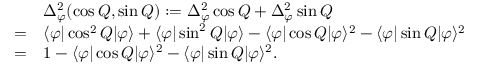
\begin{array} { r l } & { \Delta _ { \varphi } ^ { 2 } ( \cos Q , \sin Q ) : = \Delta _ { \varphi } ^ { 2 } \cos Q + \Delta _ { \varphi } ^ { 2 } \sin Q } \\ { = } & { \langle \varphi | \cos ^ { 2 } Q | \varphi \rangle + \langle \varphi | \sin ^ { 2 } Q | \varphi \rangle - \langle \varphi | \cos Q | \varphi \rangle ^ { 2 } - \langle \varphi | \sin Q | \varphi \rangle ^ { 2 } } \\ { = } & { 1 - \langle \varphi | \cos Q | \varphi \rangle ^ { 2 } - \langle \varphi | \sin Q | \varphi \rangle ^ { 2 } . } \end{array}